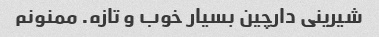
شیرینی دارچین بسیار خوب و تازه. ممنونم